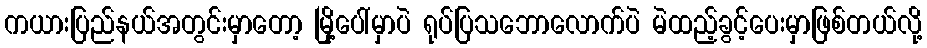
ကယားပြည်နယ်အတွင်းမှာတော့ မြို့ပေါ်မှာပဲ ရုပ်ပြသဘောလောက်ပဲ မဲထည့်ခွင့်ပေးမှာဖြစ်တယ်လို့